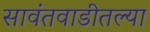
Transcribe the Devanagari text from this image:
सावंतवाडीतल्या